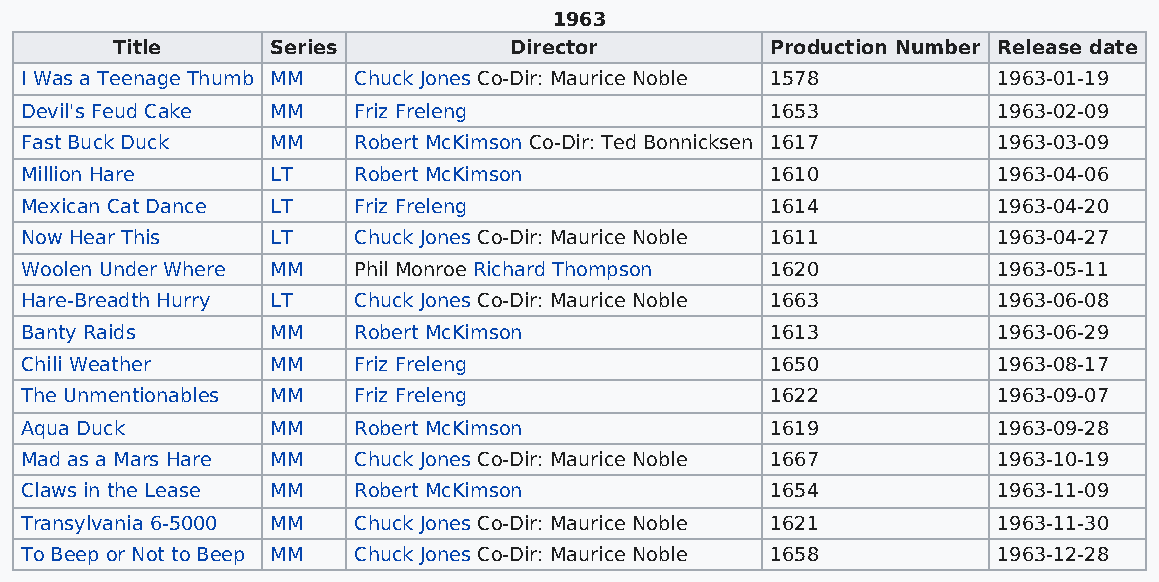
1963
 Title      Series          Director         Production Number Release date
 I Was a Teenage Thumb MM Chuck Jones Co-Dir: Maurice Noble 1578  1963-01-19
 Devil's Feud Cake MM  Friz Freleng                1653           1963-02-09
 Fast Buck Duck   MM   Robert McKimson Co-Dir: Ted Bonnicksen 1617 1963-03-09
 Million Hare     LT   Robert McKimson             1610           1963-04-06
 Mexican Cat Dance LT  Friz Freleng                1614           1963-04-20
 Now Hear This    LT   Chuck Jones Co-Dir: Maurice Noble 1611     1963-04-27
 Woolen Under Where MM Phil Monroe Richard Thompson 1620          1963-05-11
 Hare-Breadth Hurry LT Chuck Jones Co-Dir: Maurice Noble 1663     1963-06-08
 Banty Raids      MM   Robert McKimson             1613           1963-06-29
 Chili Weather    MM   Friz Freleng                1650           1963-08-17
 The Unmentionables MM Friz Freleng                1622           1963-09-07
 Aqua Duck        MM   Robert McKimson             1619           1963-09-28
 Mad as a Mars Hare MM Chuck Jones Co-Dir: Maurice Noble 1667     1963-10-19
 Claws in the Lease MM Robert McKimson             1654           1963-11-09
 Transylvania 6-5000 MM Chuck Jones Co-Dir: Maurice Noble 1621    1963-11-30
 To Beep or Not to Beep MM Chuck Jones Co-Dir: Maurice Noble 1658 1963-12-28